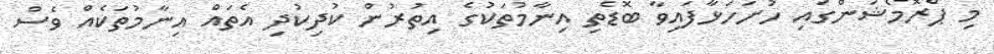
މި ޕްރޮމޯޝަންގައި ހުށަހަޅާފައިވާ ބޮޑެތި އިނާމުތަކުގެ އިތުރުން ކުދިކުދި އެތައް އިނާމުތަކެއް ވެސް